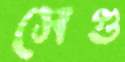
সেগু